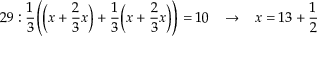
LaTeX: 2 9 : { \frac { 1 } { 3 } } { \Bigg ( } { \bigg ( } x + { \frac { 2 } { 3 } } x { \bigg ) } + { \frac { 1 } { 3 } } { \bigg ( } x + { \frac { 2 } { 3 } } x { \bigg ) } { \Bigg ) } = 1 0 \; \; \; \rightarrow \; \; \; x = 1 3 + { \frac { 1 } { 2 } }